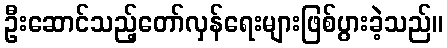
ဦးဆောင်သည့်တော်လှန်ရေးများဖြစ်ပွားခဲ့သည်။